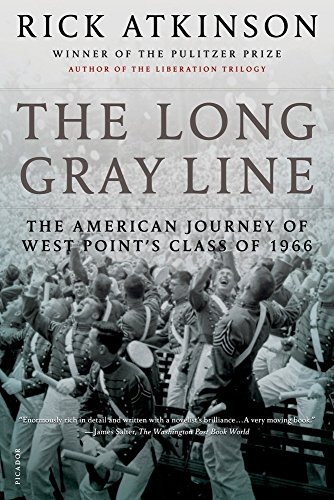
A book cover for The Long Gray Line: The American Journey of West Point's Class of 1966; Rick Atkinson; History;